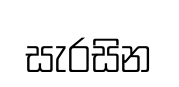
සැරසින